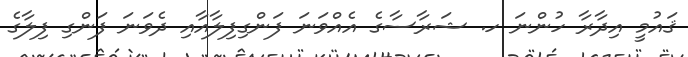
ޤައުމީ އިދާރާ ހުންނަ ހ. ޝަރާސާގެ އެއްވަނަ ފަންގިފިލާއާއި ދެވަނަ ފަންގި ފިލާގެ